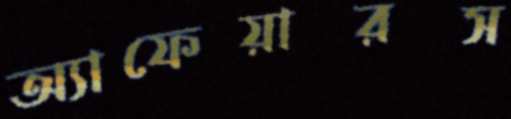
অ্যাফেয়ারস